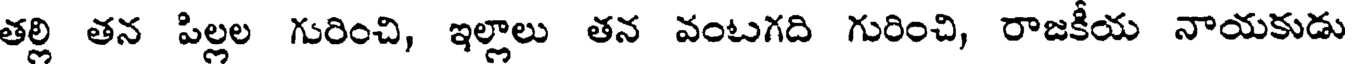
తల్లి తన పిల్లల గురించి, ఇల్లాలు తన వంటగది గురించి, రాజకీయ నాయకుడు